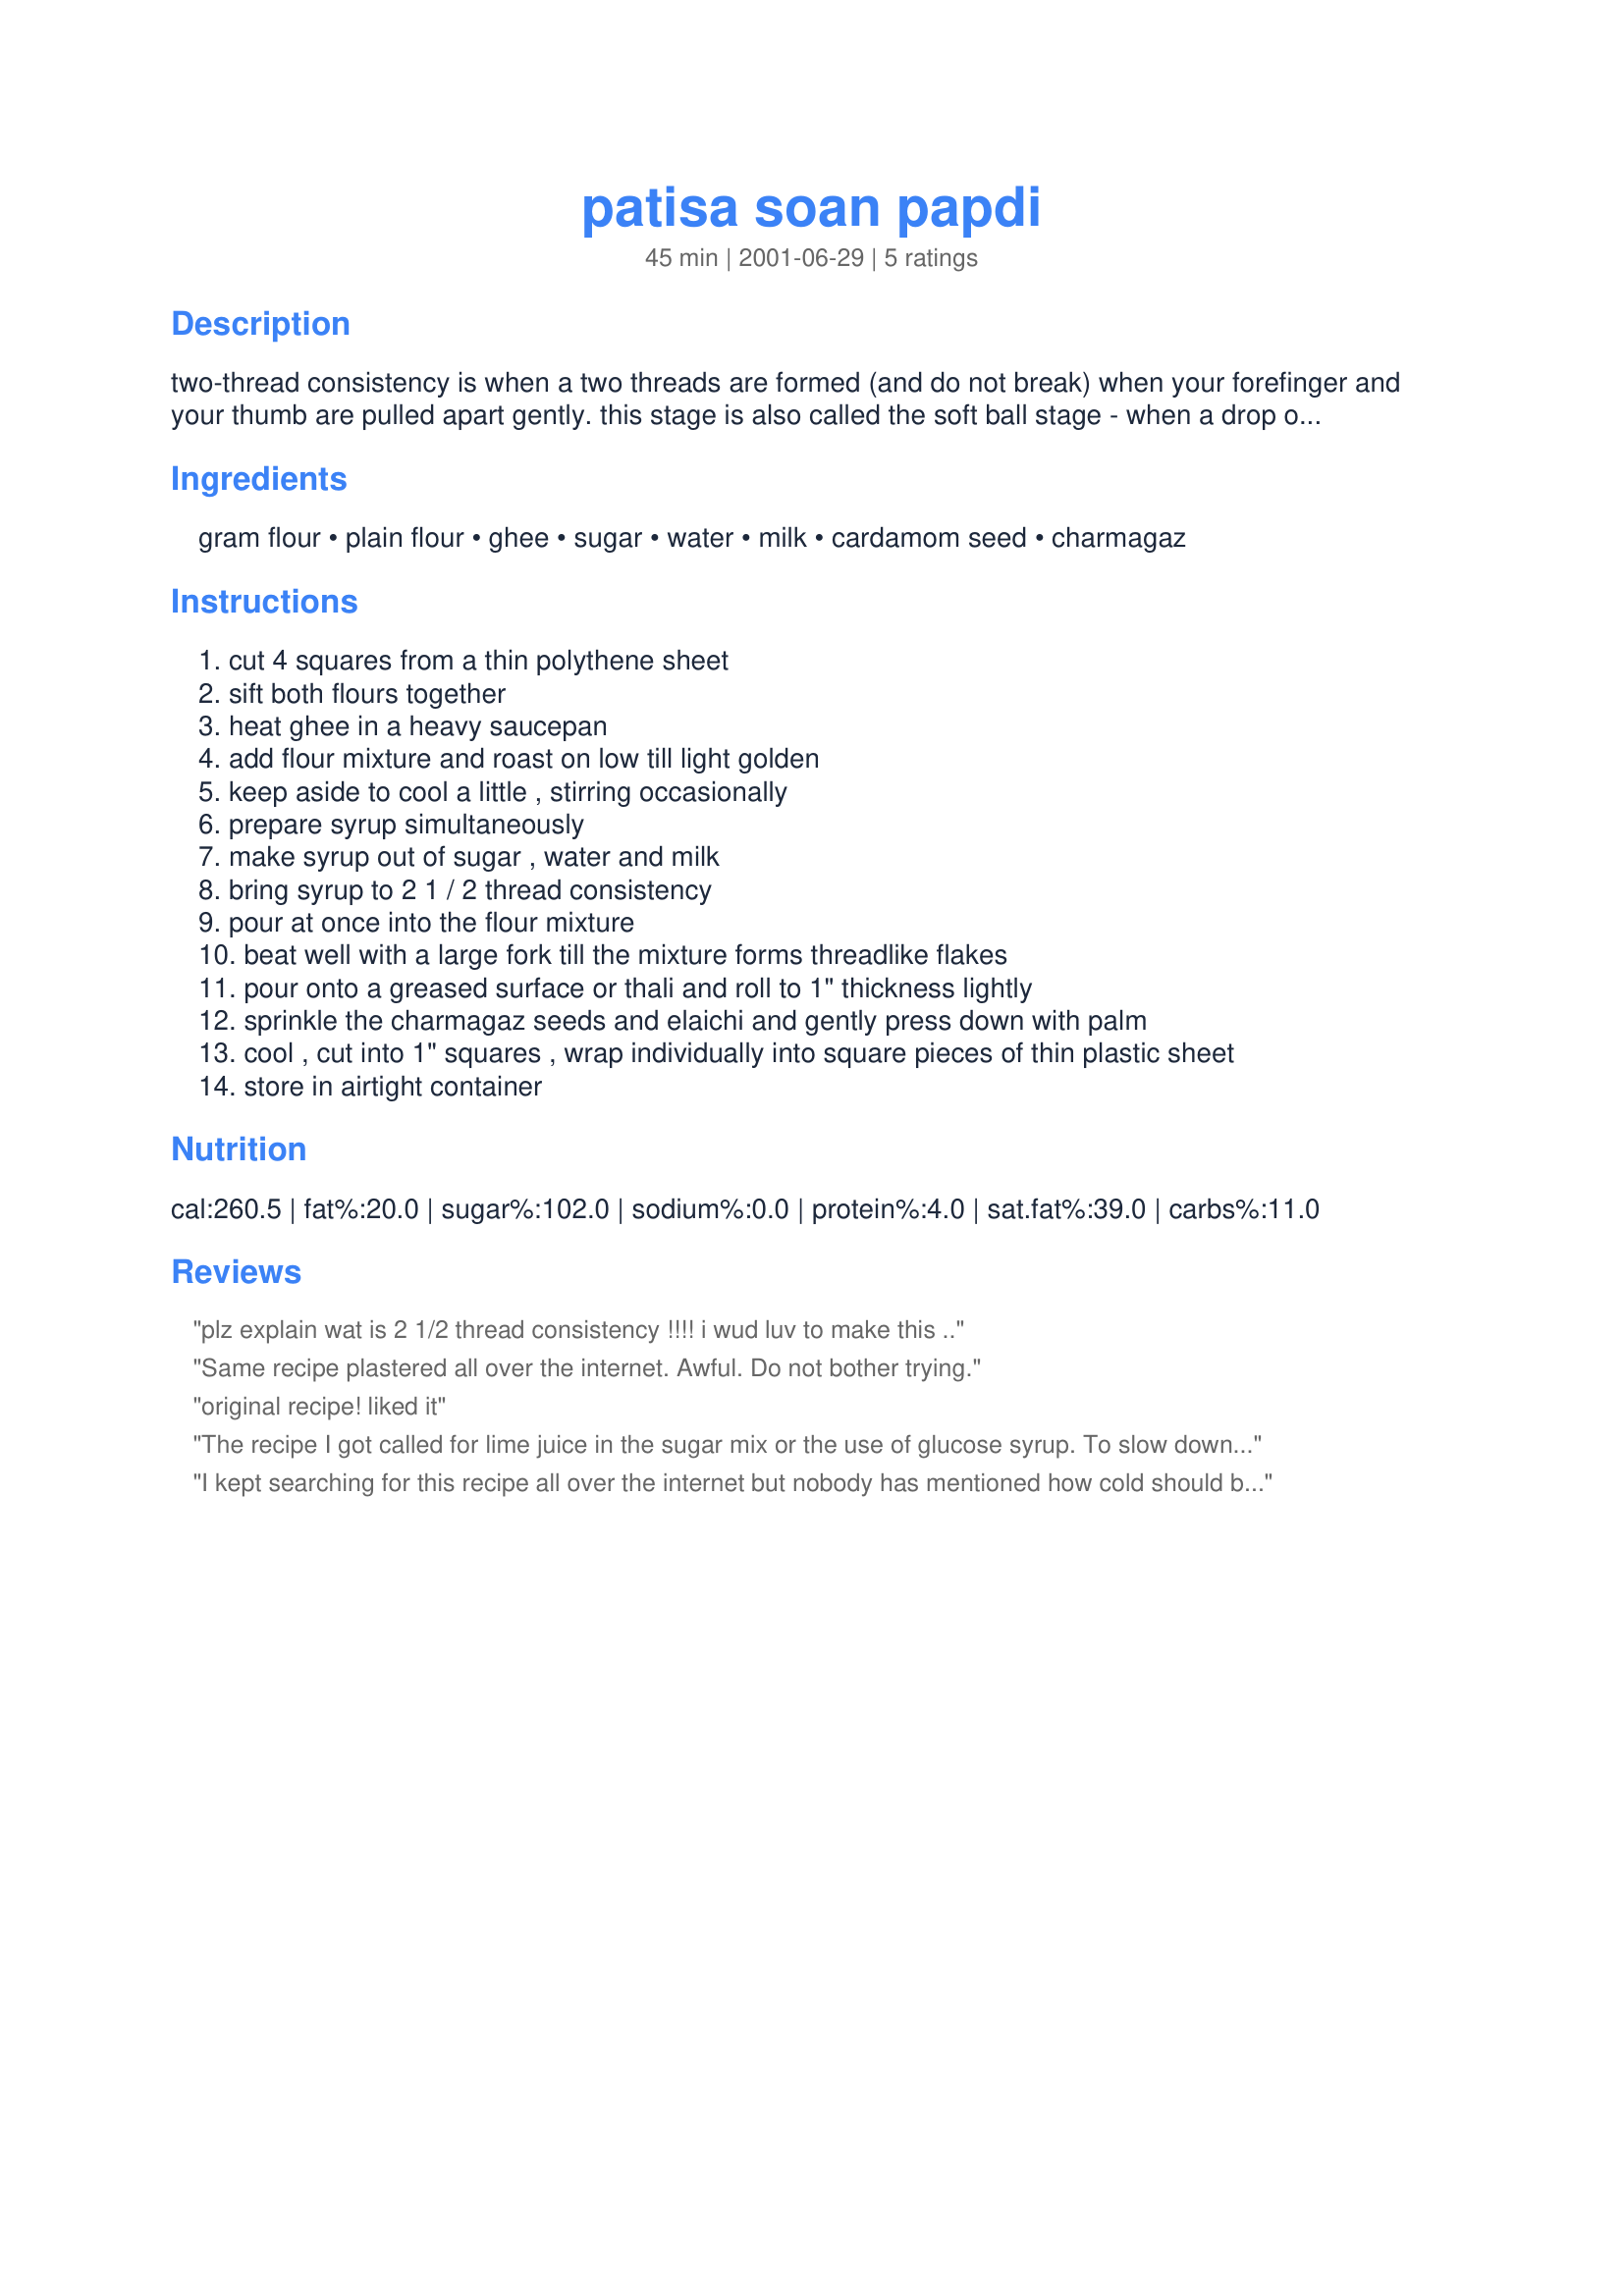
patisa soan papdi
Preparation time: 45 minutes

two-thread consistency is when a two threads are formed (and do not break) when your forefinger and your thumb are pulled apart gently. this stage is also called the soft ball stage - when a drop of syrup of this consistency is dropped into a bowl of cold water, it forms a soft ball. i found this on indianfood.com

Ingredients:
gram flour, plain flour, ghee, sugar, water, milk, cardamom seed, charmagaz

Steps:
cut 4 squares from a thin polythene sheet
sift both flours together
heat ghee in a heavy saucepan
add flour mixture and roast on low till light golden
keep aside to cool a little , stirring occasionally
prepare syrup simultaneously
make syrup out of sugar , water and milk
bring syrup to 2 1 / 2 thread consistency
pour at once into the flour mixture
beat well with a large fork till the mixture forms threadlike flakes
pour onto a greased surface or thali and roll to 1" thickness lightly
sprinkle the charmagaz seeds and elaichi and gently press down with palm
cool , cut into 1" squares , wrap individually into square pieces of thin plastic sheet
store in airtight container

Reviews:
plz explain wat is 2 1/2 thread consistency !!!! i wud luv to make this ..
Same recipe plastered all over the internet. Awful. Do not bother trying.
original recipe! liked it
The recipe I got called for lime juice in the sugar mix or the use of glucose syrup. To slow down the hardening process. The pulling and stretching of the sugar and then incorporating it into the besan flour mix is a little complex because of the cooling factor but I can say for beginner like myself I have tried 2 times to make this sweet and each time I learn something new. I am hoping this time I get it.
I kept searching for this recipe all over the internet but nobody has mentioned how cold should be the temperature of flour mixture? as last time tired it turned out to be a besan chakki instead of patisa... plz need some urgent help!
